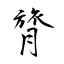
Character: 膂